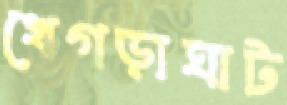
খেগড়াঘাট